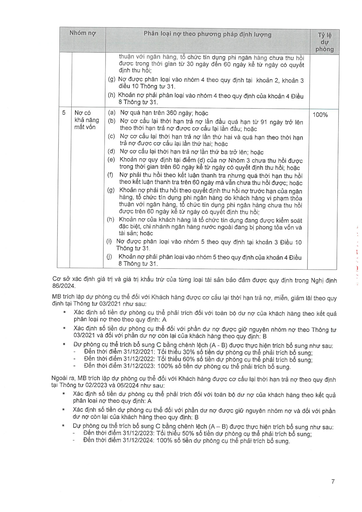
||Nhóm nợ|Phân loại nợ theo phương pháp định lượng|Tỷ lệ dự phòng| |---|---|---|---| |||thuần với ngân hàng, tổ chức tín dụng phi ngân hàng chưa thu hồi được trong thời gian từ 30 ngày đến 60 ngày kể từ ngày có quyết định thu hồi; (g) Nợ được phân loại vào nhóm 4 theo quy định tại khoản 2, khoản 3 điều 10 Thông tư 31. (h) Khoản nợ phải phân loại vào nhóm 4 theo quy định của khoản 4 Điều 8 Thông tư 31.|| |5|Nợ có khả năng mất vốn|(a) Nợ quá hạn trên 360 ngày; hoặc (b) Nợ có cơ cấu lại thời hạn trả nợ lần đầu quá hạn từ 91 ngày trở lên theo thời hạn trả nợ được cơ cấu lại lần đầu; hoặc (c) Nợ có cơ cấu lại thời hạn trả nợ lần thứ hai và quá hạn theo thời hạn trả nợ được cơ cấu lại lần thứ hai; hoặc (d) Nợ có cơ cấu lại thời hạn trả nợ lần thứ ba trở lên; hoặc (e) Khoản nợ quy định tại điểm (d) của nợ Nhóm 3 chưa thu hồi được trong thời gian trên 60 ngày kế tiếp ngày có quyết định thu hồi; hoặc (f) Nợ phải thu hồi theo kết luận thanh tra nhưng quá thời hạn thu hồi theo kết luận thanh tra trên 60 ngày mà vẫn chưa thu hồi được; hoặc (g) Khoản nợ phải thu hồi theo quyết định thu hồi nợ trước hạn của ngân hàng, tổ chức tín dụng phi ngân hàng do khách hàng vi phạm thỏa thuận với ngân hàng, tổ chức tín dụng phi ngân hàng chưa thu hồi được trên 60 ngày kế tiếp ngày có quyết định thu hồi; (h) Khoản nợ của khách hàng là tổ chức tín dụng đang được kiểm soát đặc biệt, chi nhánh ngân hàng nước ngoài đang bị phong tỏa vốn và tài sản; hoặc (i) Nợ được phân loại vào nhóm 5 theo quy định tại khoản 3 Điều 10 Thông tư 31. (j) Khoản nợ phải phân loại vào nhóm 5 theo quy định của khoản 4 Điều 8 Thông tư 31.|100%|